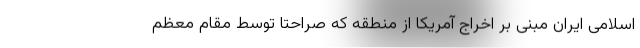
اسلامی ایران مبنی بر اخراج آمریکا از منطقه که صراحتا توسط مقام معظم